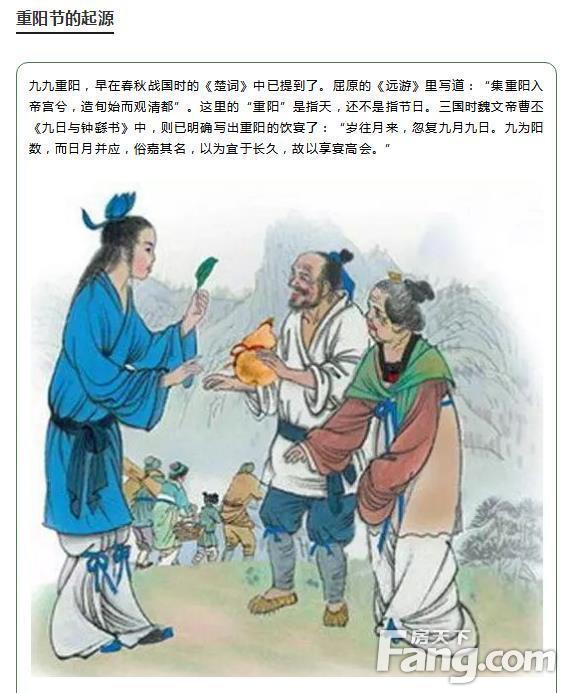
池馆隳摧古榭荒，此延嘉客会重阳。